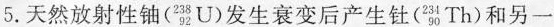
5.天然放射性铀(^{238}_{92}U)发生衰变后产生钍(^{234}_{90}Th)和另一